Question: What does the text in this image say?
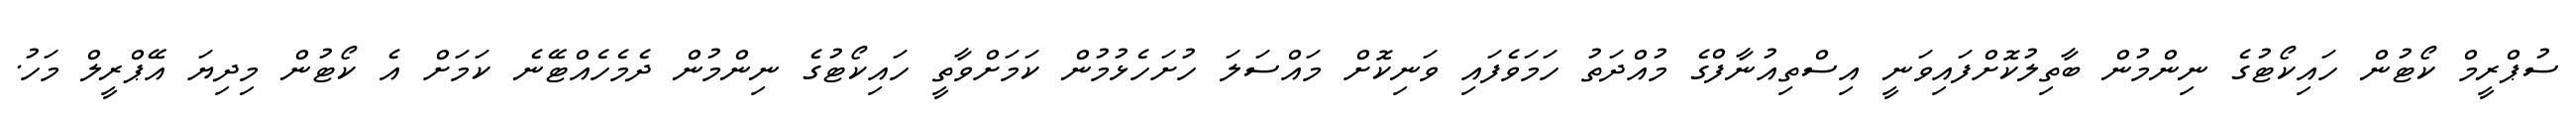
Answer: ސުޕްރީމް ކޯޓުން ހައިކޯޓުގެ ނިންމުން ބާތިލުކޮށްފައިވަނީ އިސްތިއުނާފްގެ މުއްދަތު ހަމަވެފައި ވަނިކޮށް މައްސަލަ ހުށަހެޅުމުން ކަމަށްވާތީ ހައިކޯޓުގެ ނިންމުން ދެމެހެއްޓޭނެ ކަމަށް އެ ކޯޓުން މިދިޔަ އޭޕްރީލް މަހު.